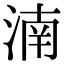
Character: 湳